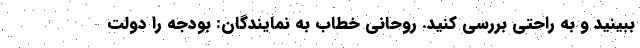
ببینید و به راحتی بررسی کنید. روحانی خطاب به نمایندگان: بودجه را دولت